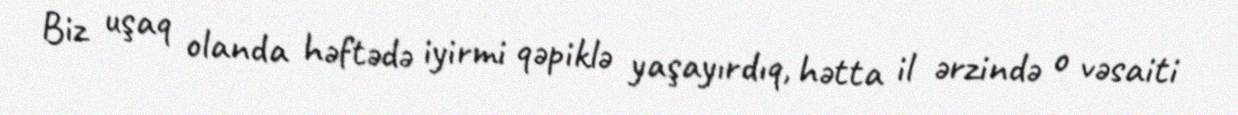
Biz uşaq olanda həftədə iyirmi qəpiklə yaşayırdıq, hətta il ərzində o vəsaiti